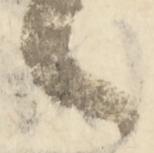
々